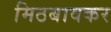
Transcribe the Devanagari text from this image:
मिठबावकर